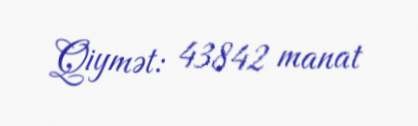
Qiymət: 43842 manat